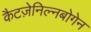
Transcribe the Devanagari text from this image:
कैटज़ेनिल्नबोगेन